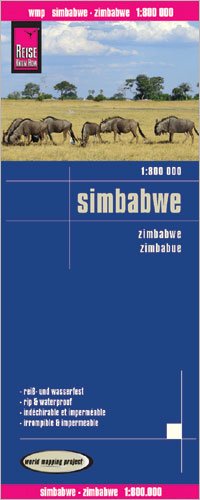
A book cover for Zimbabwe 1:800,000 Travel Map, waterproof, GPS compatible REISE; Reise Knowhow; Travel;